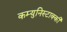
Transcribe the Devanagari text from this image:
कम्युनिस्टाक्की